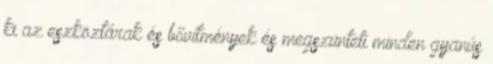
ki az eszköztárak és bővítmények és megszünteti minden gyanús